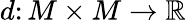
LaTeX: d\colon M\times M\rightarrow\mathbb{R}